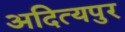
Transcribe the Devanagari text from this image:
अदित्यपुर